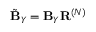
\tilde { \mathbf { B } } _ { Y } = \mathbf { B } _ { Y } \mathbf { R } ^ { ( N ) }